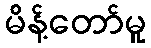
မိန့်တော်မူ